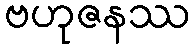
ဗဟုဇနဿ